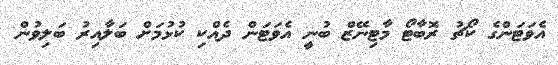
އެވަޓަންގެ ކޯޗު ރޮބާޓޯ މާޓިނޭޒް ބުނީ އެވަޓަން ދެއްކި ކުޅުމަށް ބަލާއިރު ބަލިވުން